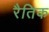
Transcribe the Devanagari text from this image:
रैतिक